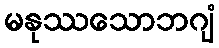
မနုဿသောဘဂျံ